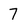
Character: 7